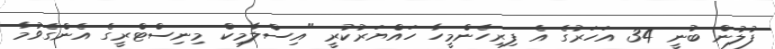
ފުލުުން ބުނީ 34 އަހަރުގެ އެ ފިރިހެންމީހާ ހައްޔަރުކުރީ "އިސްލާމިކް މިނިސްޓްރީގެ އެންގެވުމާ